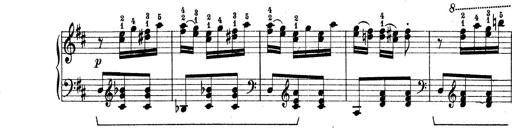
Title: Rapsodie: 19 ungheresi, 1 spagnuola
Composer: Franz Liszt